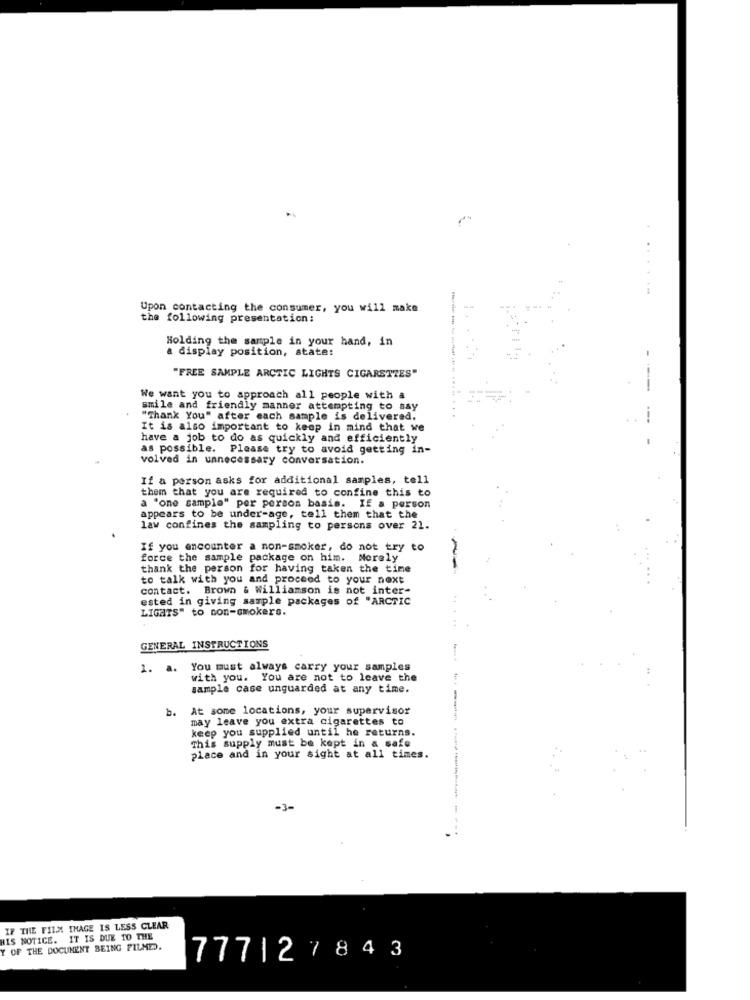
.....--
Upon contacting the consumer, you will make
the following presentation;
Holding the sample in your hand, in
a display position, state:
"FREE SAMPLE ARCTIC LIGHTS CIGARETTES"
--
We want you to approach all people with a
smile and friendly manner attempting to say
"Thank You" after each sample is delivered.
It is also important to keep in mind that we
have a job to do as quickly and efficiently
as possible. Please try to avoid getting in-
volved in unnecessary conversation.
If a person asks for additional samples, tell
them that you are required to confine this to
a "one sample" per person basis. If a person
appears to be under-age, tell them that the
law confines the sampling to persons over 21.
If you encounter a non-smoker, do not try to
force the sample package on him. Merely
thank the person for having taken the tine
to talk with you and proceed to your next
contact. Brown & Williamson is not inter-
ested in giving sample packages of "ARCTIC
LIGHTS" to non-smokers.
GENERAL INSTRUCTIONS
1. a.
You must always carry your samples
with you. You are not to leave the
sample case unguarded at any time.
b.
At some locations, your supervisor
may leave you extra cigarettes to
keep you supplied until he returns.
This supply must be kept in a safe
place and in your sight at all times.
-3-
IF THE FILM IMAGE IS LESS CLEAR
HIS NOTICE. IT IS DUE TO THE
Y OF THE DOCUMENT BEING PILMED.
777127843